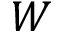
W